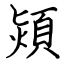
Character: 熲